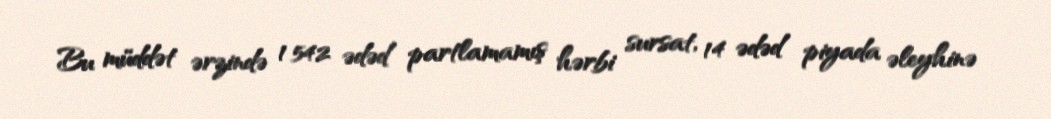
Bu müddət ərzində 1 542 ədəd partlamamış hərbi sursat, 14 ədəd piyada əleyhinə